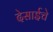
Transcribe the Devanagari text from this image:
देसाईचे